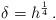
LaTeX: \begin{align*}\delta=h^{\frac{1}{4}}\,.\end{align*}